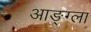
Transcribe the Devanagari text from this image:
आङ्ग्ला